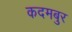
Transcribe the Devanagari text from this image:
कदमबुर